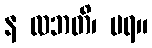
န လဘတိ၊ မရ။